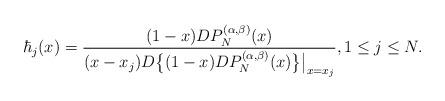
LaTeX: \begin{align*}\hbar_{j}(x)=\frac{(1-x)D P^{(\alpha,\beta)}_{N}(x)}{(x-x_j) D\big\{ (1-x)D P^{(\alpha,\beta)}_{N}(x)\big\}\big|_{x=x_j}}, 1\leq j\leq N.\end{align*}